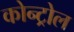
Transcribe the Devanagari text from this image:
कोन्ट्रोल